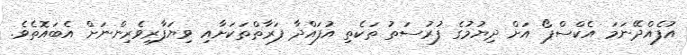
އުފެއްދޭނަމަ އެކްސްޕޯ އަށް ދިޔުމުގެ ފުރުސަތު ތަކެތި އުފައްދާ ފަރާތްތަކަށާއި ވިޔަފާރިވެރިންނަށް އެބައޮތެވެ.